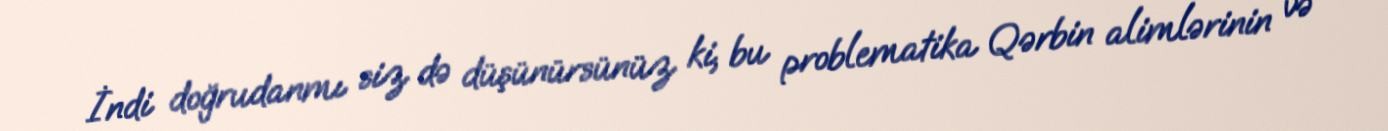
İndi doğrudanmı siz də düşünürsünüz ki, bu problematika Qərbin alimlərinin və